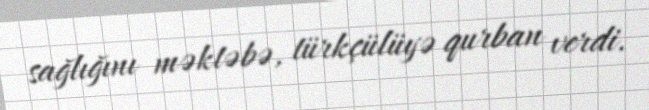
sağlığını məktəbə, türkçülüyə qurban verdi.